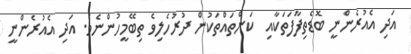
އަދި އެއުރެންނީ ބޮޑެތިފާފަތަކާއި  ކަންތައްތަކުން ދުރުހެލިވެ ތިބޭމީހުންނެވެ. އަދި އެއުރެންނީ